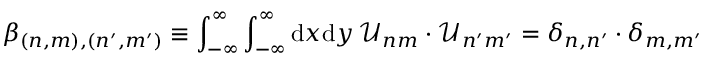
\beta _ { ( n , m ) , ( n ^ { \prime } , m ^ { \prime } ) } \equiv \int _ { - \infty } ^ { \infty } \int _ { - \infty } ^ { \infty } \mathrm { d } x \mathrm { d } y \, \mathcal { U } _ { n m } \cdot \mathcal { U } _ { n ^ { \prime } m ^ { \prime } } = \delta _ { n , n ^ { \prime } } \cdot \delta _ { m , m ^ { \prime } }